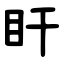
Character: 盰